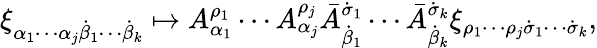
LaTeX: \xi_{\alpha_{1}\cdots\alpha_{j}\dot{\beta}_{1}\cdots\dot{\beta}_{k}}\mapsto A_{\alpha_{1}}^{\rho_{1}}\cdots A_{\alpha_{j}}^{\rho_{j}}\bar{A}_{\dot{\beta}_{1}}^{\dot{\sigma}_{1}}\cdots\bar{A}_{\dot{\beta}_{k}}^{\dot{\sigma}_{k}}\xi_{\rho_{1}\cdots\rho_{j}\dot{\sigma}_{1}\cdots\dot{\sigma}_{k}},